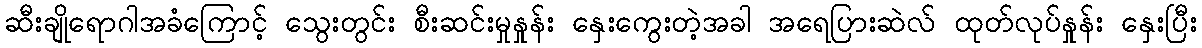
ဆီးချိုရောဂါအခံကြောင့် သွေးတွင်း စီးဆင်းမှုနှုန်း နှေးကွေးတဲ့အခါ အရေပြားဆဲလ် ထုတ်လုပ်နှုန်း နှေးပြီး